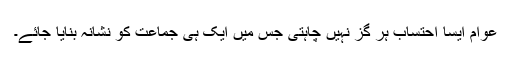
عوام ایسا احتساب ہر گز نہیں چاہتی جس میں ایک ہی جماعت کو نشانہ بنایا جائے۔